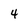
Character: 4